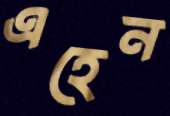
এহেন